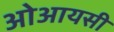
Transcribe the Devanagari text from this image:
ओआयसी